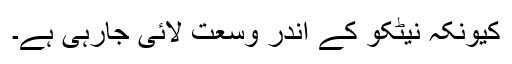
کیونکہ نیٹکو کے اندر وسعت لائی جارہی ہے۔